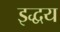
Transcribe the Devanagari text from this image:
इद्धय